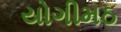
યોગીમઠ